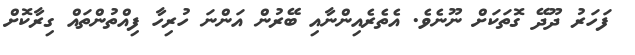
ފަހަރު ދޫދޭ ގޮތަކަށް ނޫނެވެ. އެތެރެއިންނާއި ބޭރުން އަންނަ ހުރިހާ ފިއްތުންތައް ގިރާކޮށް